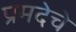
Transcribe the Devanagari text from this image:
प्रमदेचे